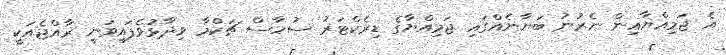
އެ ޖަމިއްޔާއިން ނެރުނު ބަޔާނެއްގައި ޖަމިއްޔާގެ ޑިރެކްޓަރު ސުހާސް ޗަކްމާ ވިދާޅުވެފައިވަނީ ރާއްޖެއަކީ